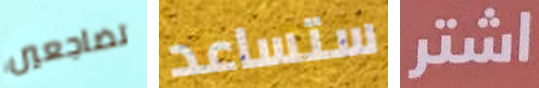
تضاجعين ستساعد اشتر